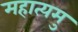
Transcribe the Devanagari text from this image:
महात्यमु